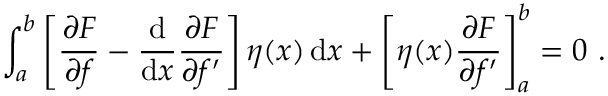
\int _ { a } ^ { b } \left[ { \frac { \partial F } { \partial f } } - { \frac { \mathrm { d } } { \mathrm { d } x } } { \frac { \partial F } { \partial f ^ { \prime } } } \right] \eta ( x ) \, \mathrm { d } x + \left[ \eta ( x ) { \frac { \partial F } { \partial f ^ { \prime } } } \right] _ { a } ^ { b } = 0 \ .